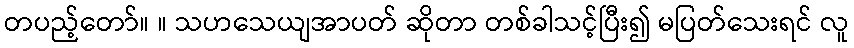
တပည့်တော်။ ။ သဟသေယျအာပတ် ဆိုတာ တစ်ခါသင့်ပြီး၍ မပြတ်သေးရင် လူ